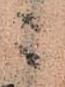
ニ